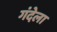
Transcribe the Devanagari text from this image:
गंदेला